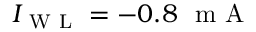
I _ { \mathrm { ~ W ~ L ~ } } = - 0 . 8 ~ \mathrm { ~ m ~ A ~ }